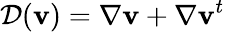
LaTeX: {\mathcal{D}}({\mathbf v})=\nabla{\mathbf v}+\nabla{\mathbf v}^{t}